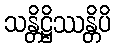
သန္တိဋ္ဌိဿန္တိပိ